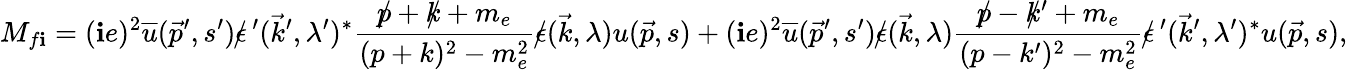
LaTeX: M_{f\mathbf{i}}=(\mathbf{i}e)^{2}{\overline{{{u}}}}({\vec{{p}}}^{\prime},s^{\prime})\epsilon\! \! \! /\, ^{\prime}({\vec{{k}}}^{\prime},\lambda^{\prime})^{*}{\frac{{p\! \! \! /+k\! \! \! /+m_{e}}}{{(p+k)^{2}-m_{e}^{2}}}}\epsilon\! \! \! /({\vec{{k}}},\lambda)u({\vec{{p}}},s)+(\mathbf{i}e)^{2}{\overline{{{u}}}}({\vec{{p}}}^{\prime},s^{\prime})\epsilon\! \! \! /({\vec{{k}}},\lambda){\frac{{p\! \! \! /-k\! \! \! /^{\prime}+m_{e}}}{{(p-k^{\prime})^{2}-m_{e}^{2}}}}\epsilon\! \! \! /\, ^{\prime}({\vec{{k}}}^{\prime},\lambda^{\prime})^{*}u({\vec{{p}}},s),